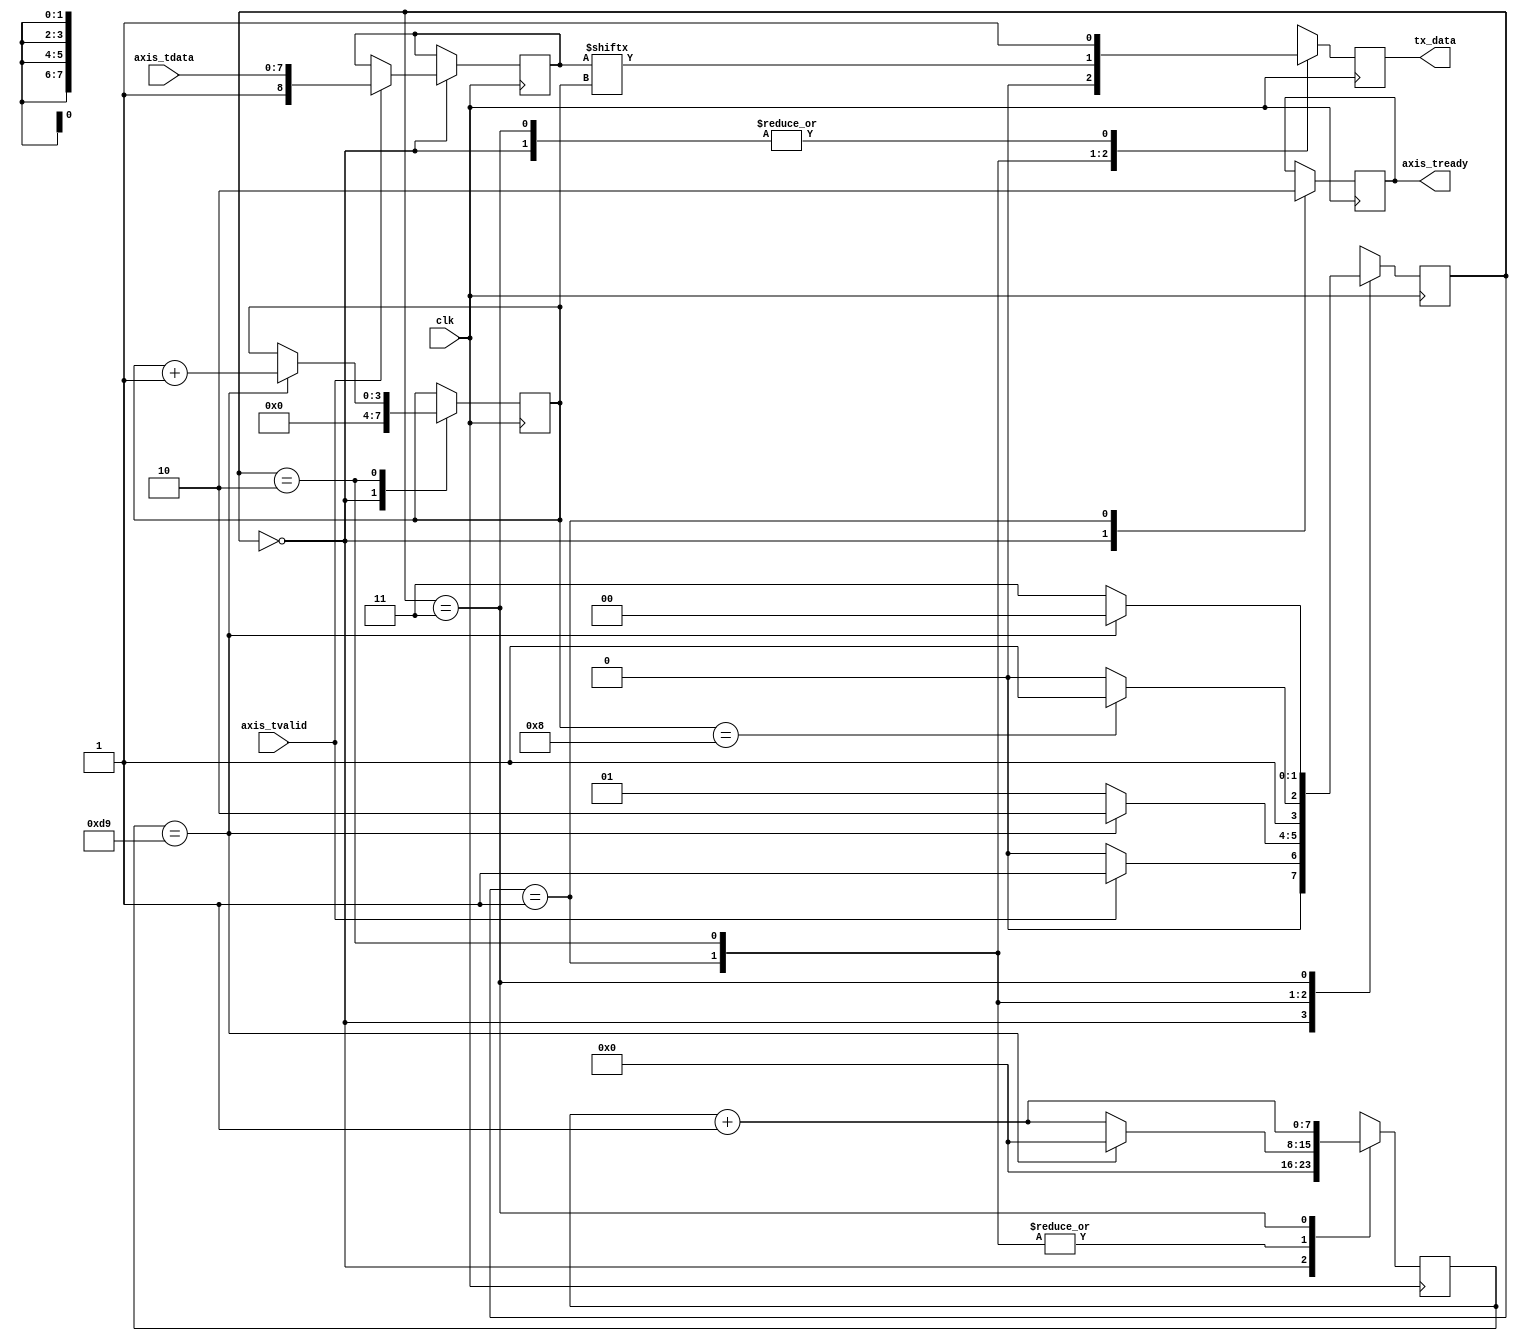
`default_nettype none

module uart_tx #(
    parameter CLK_FREQ = 25_000_000,
    parameter BAUD_RATE = 115200
) (
    input wire [7:0] axis_tdata,
    input wire axis_tvalid,
    output wire axis_tready,

    input wire clk,
    output wire tx_data
);
    localparam N_TICKS = CLK_FREQ/BAUD_RATE;
    
    //states names
    localparam idle=2'b00;
    localparam start=2'b01;
    localparam transmitting=2'b10;
    localparam finish=2'b11;

    reg [8:0] r_data = 1;
    reg tready;
    reg [3:0] index=0;
    reg [1:0] state = idle;
    reg [1:0] next_state = idle;
    reg [$clog2(N_TICKS)-1:0] counter = 0;
    reg out_data=0;

    always@(posedge clk)begin
        state <= next_state;
        case(state)
            idle: begin
                tready <= 1;
                counter <= 0;
                index <= 0;
                out_data<= 1;
                if(axis_tvalid) r_data <= {1'b1, axis_tdata};
            end
            start:begin
                tready <= 0;
                out_data <=0;
                if(counter==N_TICKS)    counter <= 0;
                else    counter <= counter +1;
            end
            transmitting: begin
                out_data <= r_data[index];
                if(counter==N_TICKS)begin
                    counter <= 0;
                    index <= index+1;
                end
                else    counter <= counter +1;
            end
            finish: begin
                out_data <=1;
                counter <= counter +1;
            end
        endcase
    end
    
    always@(*)begin
        case(state)
            idle: begin
                if(axis_tvalid) next_state = start;
                else    next_state = idle;
            end
            start:begin
                if(counter==N_TICKS)    next_state = transmitting;
                else            next_state = start;
            end
            transmitting: begin
                if(index==8)    next_state = finish;
                else            next_state = transmitting;
            end
            finish: begin
                if(counter==N_TICKS)    next_state = idle;
                else                    next_state = finish;
            end
            default:
                next_state <= idle;
        endcase
    end

    assign axis_tready = tready;
    assign tx_data = out_data;
endmodule